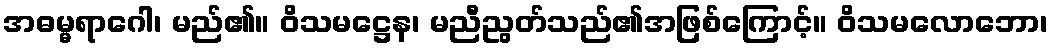
အဓမ္မရာဂေါ၊ မည်၏။ ဝိသမဋ္ဌေန၊ မညီညွတ်သည်၏အဖြစ်ကြောင့်။ ဝိသမလောဘော၊